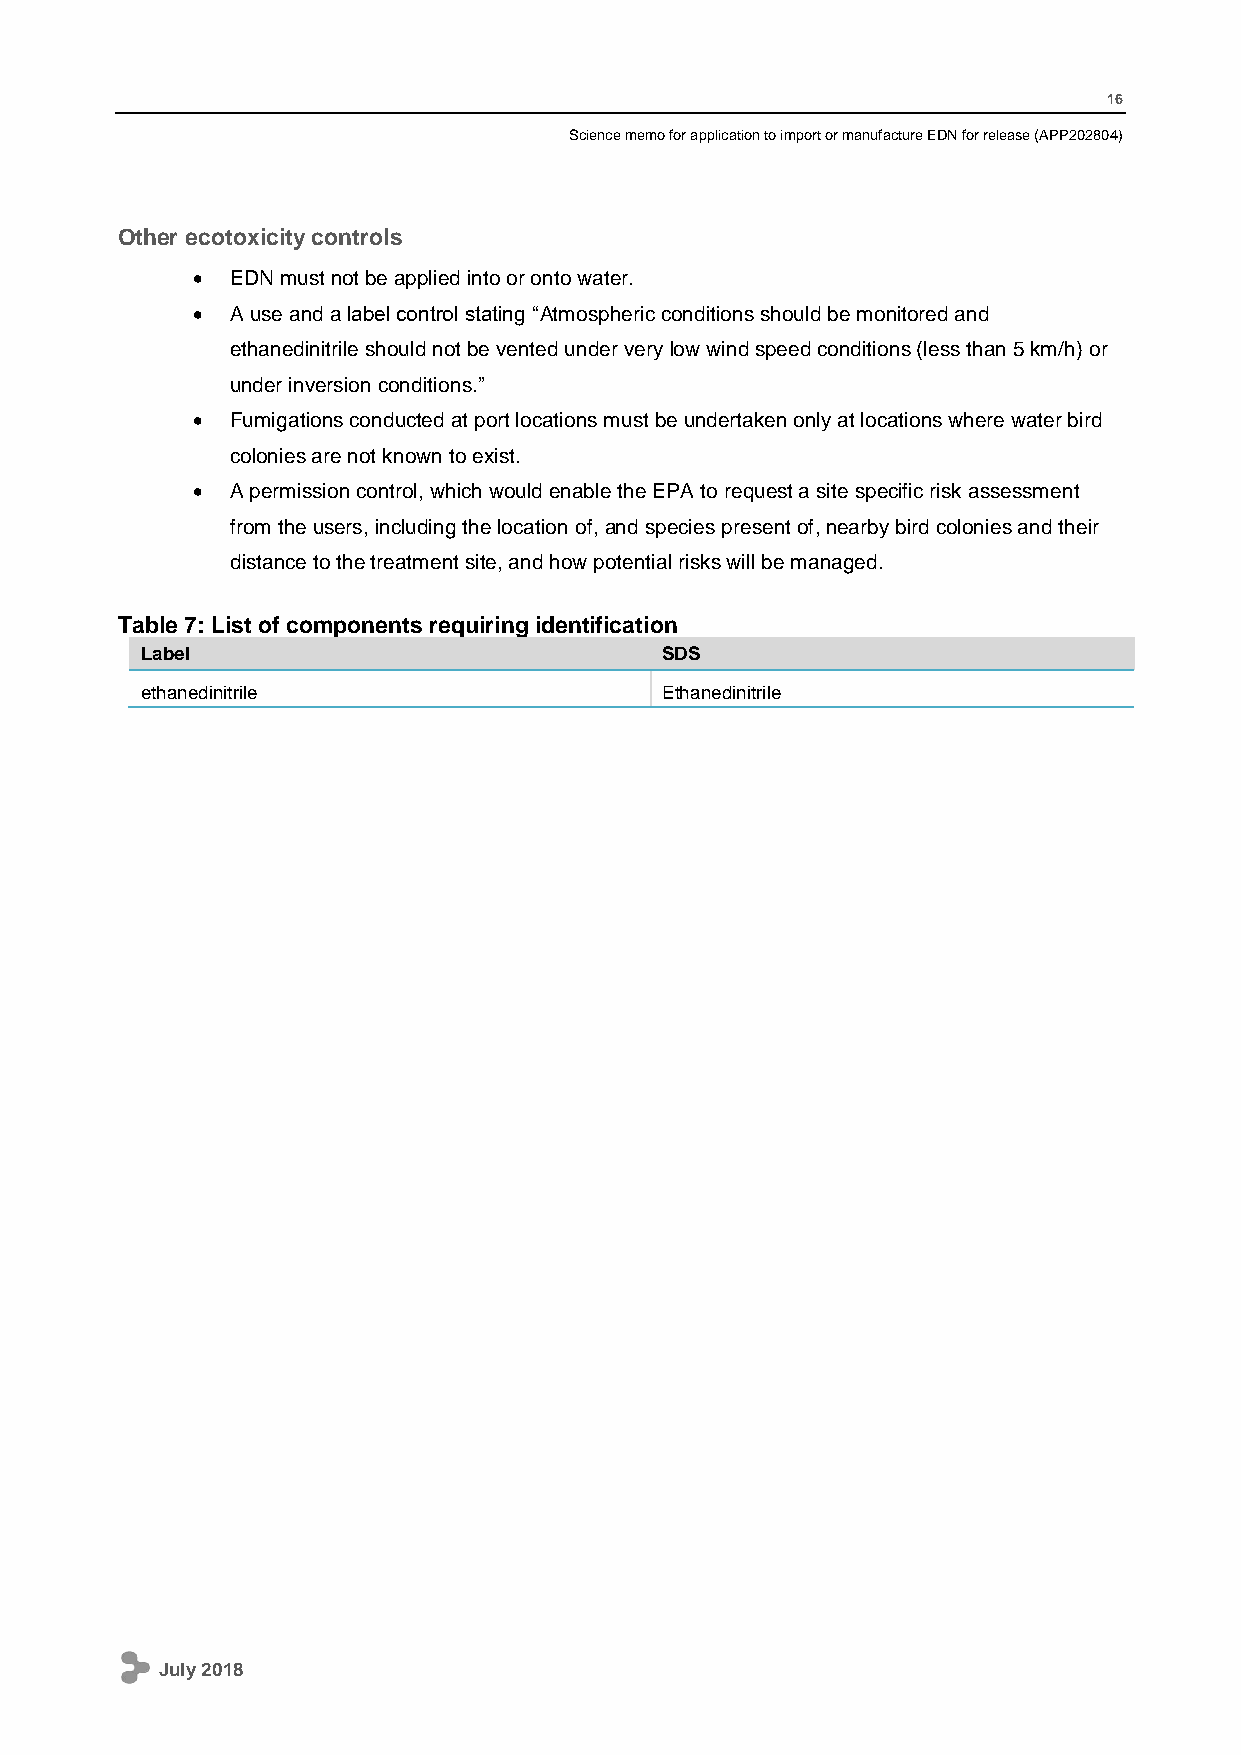
16
 Science memo for application to import or manufacture EDN for release (APP202804)
 Other ecotoxicity controls
  EDN must not be applied into or onto water.
  A use and a label control stating “Atmospheric conditions should be monitored and
 ethanedinitrile should not be vented under very low wind speed conditions (less than 5 km/h) or
 under inversion conditions.”
  Fumigations conducted at port locations must be undertaken only at locations where water bird
 colonies are not known to exist.
  A permission control, which would enable the EPA to request a site specific risk assessment
 from the users, including the location of, and species present of, nearby bird colonies and their
 distance to the treatment site, and how potential risks will be managed.
 Table 7: List of components requiring identification
 Label                              SDS
 ethanedinitrile                    Ethanedinitrile
 July 2018